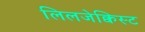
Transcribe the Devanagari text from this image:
लिलजेक्विस्ट